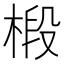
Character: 椴